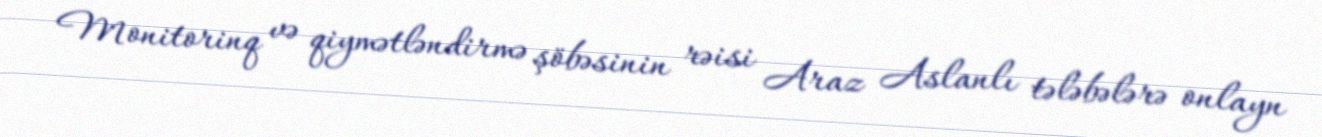
Monitorinq və qiymətləndirmə şöbəsinin rəisi Araz Aslanlı tələbələrə onlayn